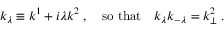
k _ { \lambda } \equiv k ^ { 1 } + i \lambda k ^ { 2 } \; , \quad \mathrm { s o ~ t h a t } \quad k _ { \lambda } k _ { - \lambda } = k _ { \perp } ^ { 2 } \; .